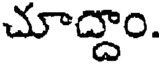
చూద్దాం.